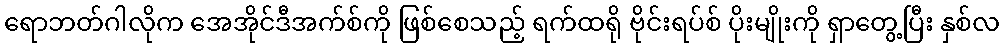
ရောဘတ်ဂါလိုက အေအိုင်ဒီအက်စ်ကို ဖြစ်စေသည့် ရက်ထရို ဗိုင်းရပ်စ် ပိုးမျိုးကို ရှာတွေ့ပြီး နှစ်လ